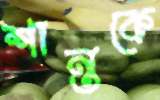
শান্তকে